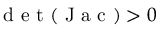
\mathrm { ~ d ~ e ~ t ~ } ( \mathrm { ~ J ~ a ~ c ~ } ) > 0